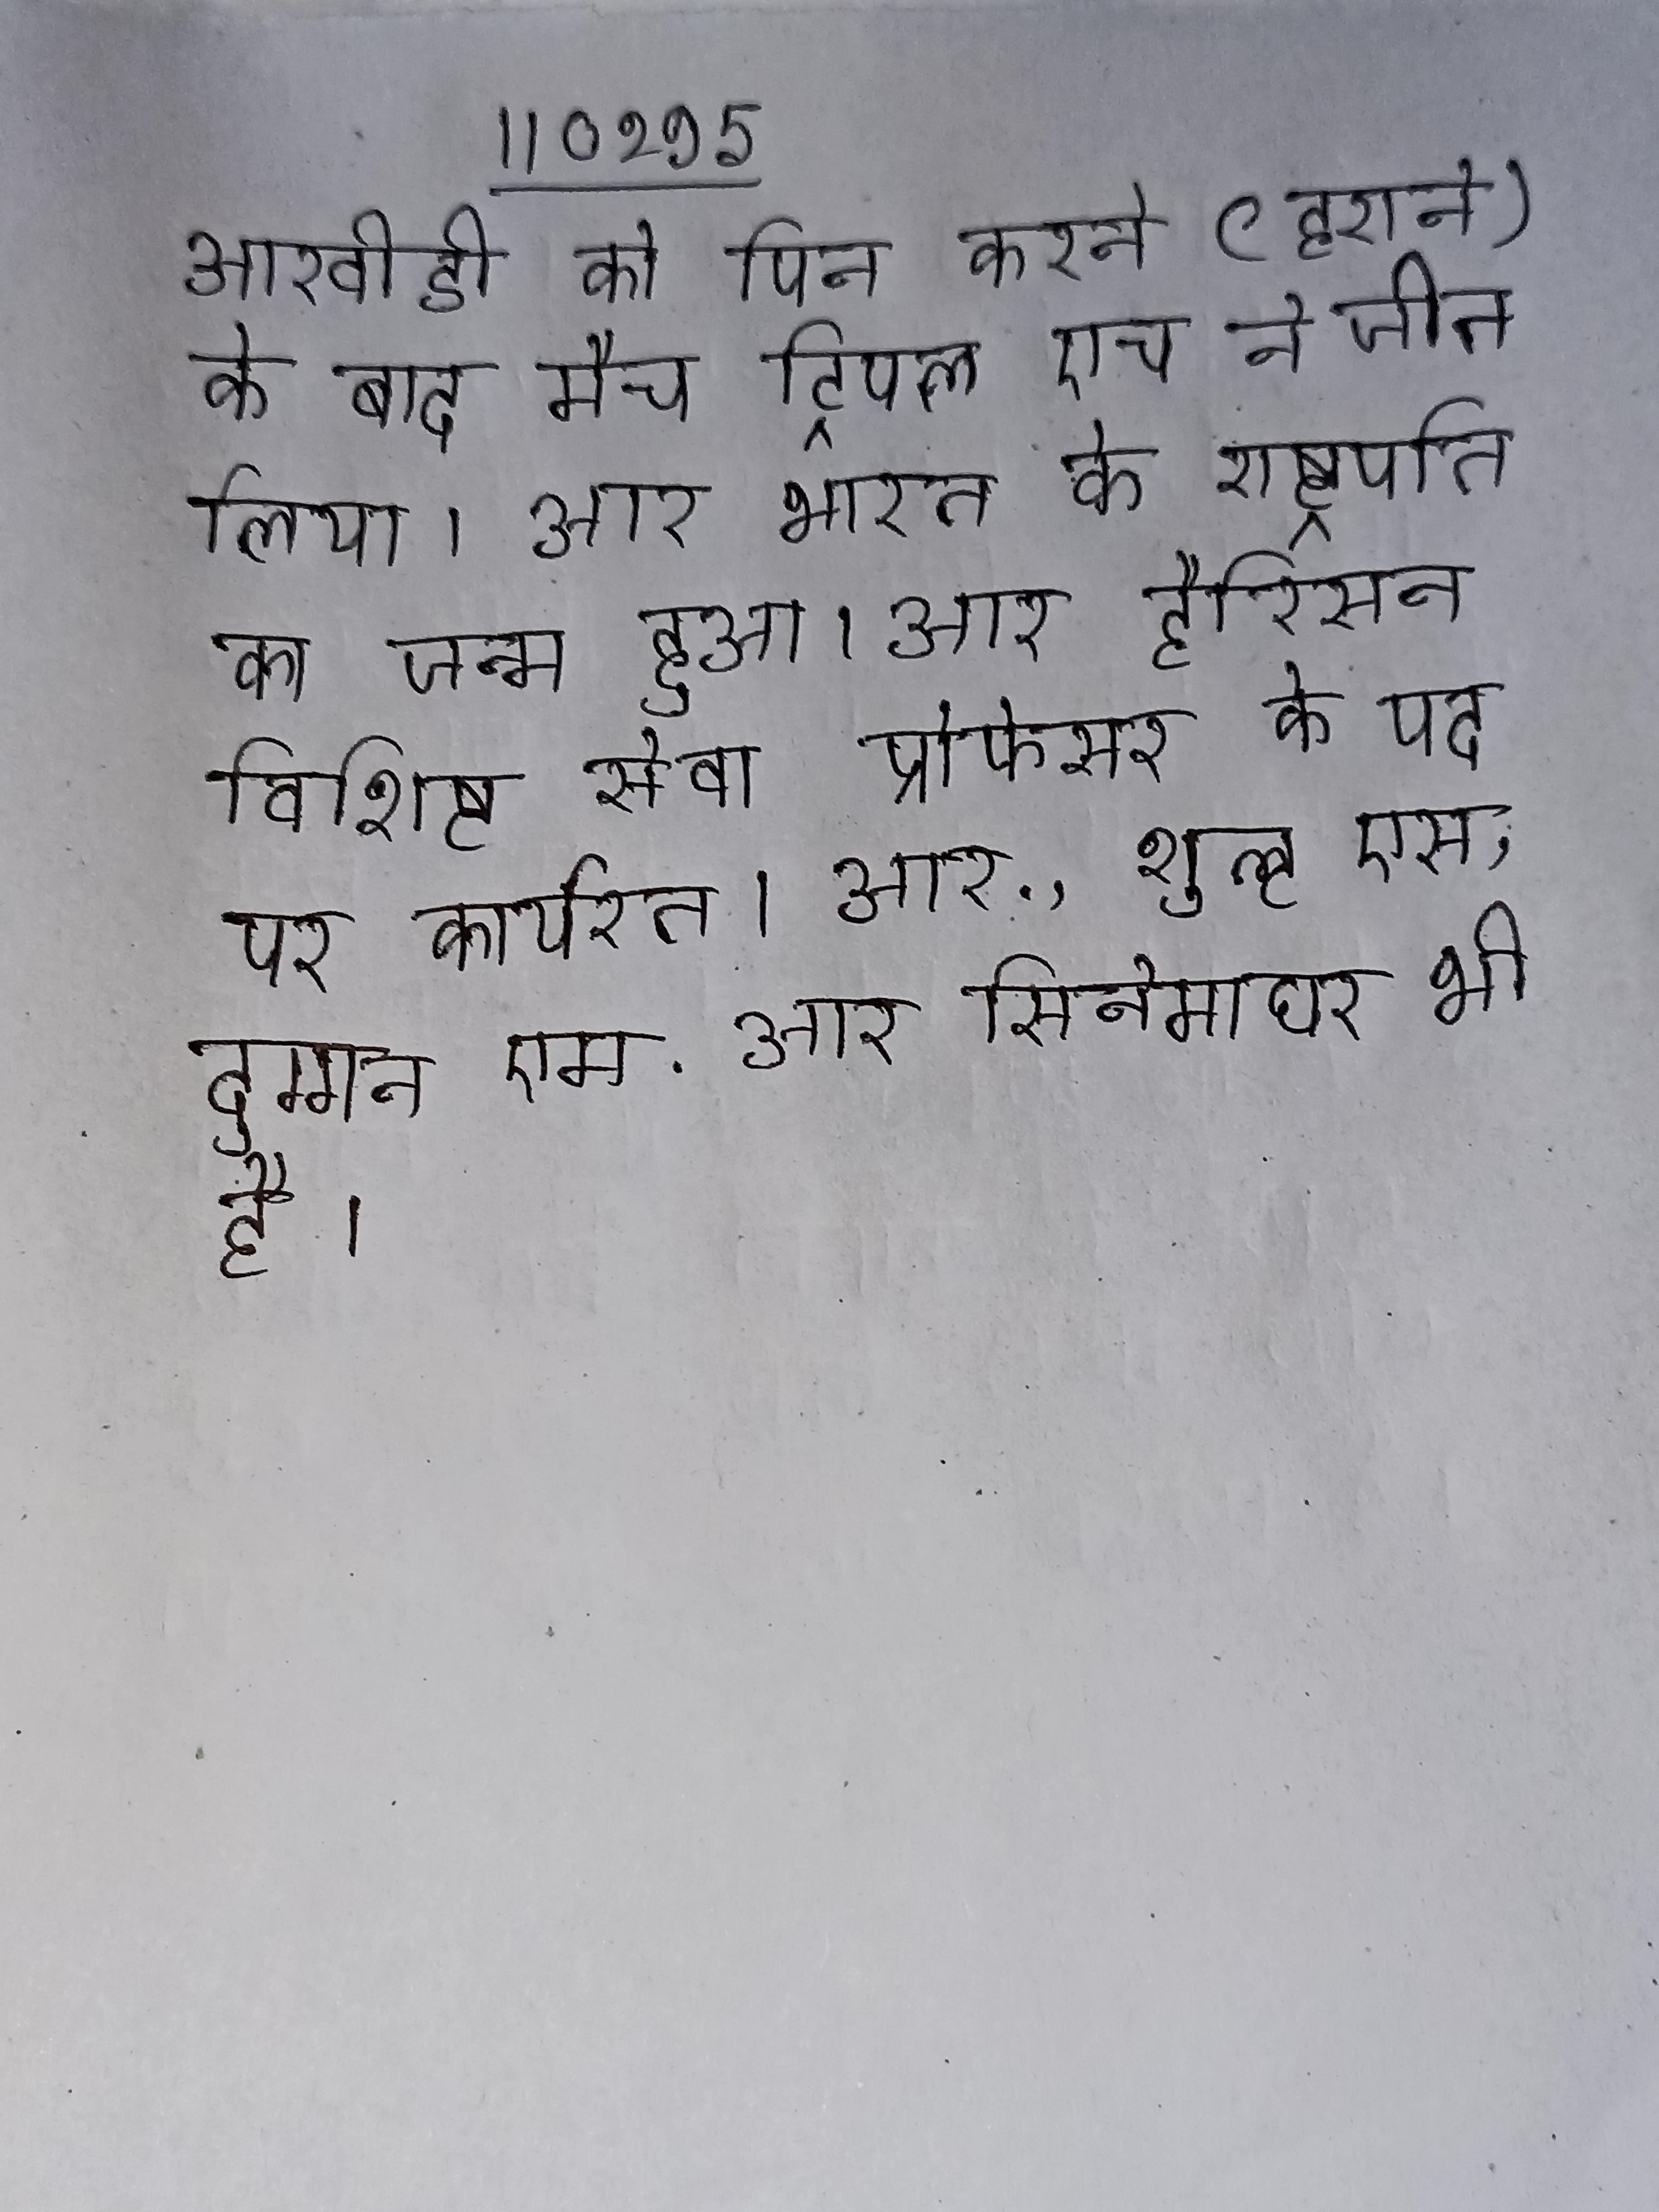
आरवीडी को पिन करने (हराने) के बाद मैच ट्रिपल एच ने जीत लिया । आर भारत के राष्ट्रपति का जन्म हुआ । आर हैरिसन विशिष्ट सेवा प्रोफेसर के पद पर कार्यरत । आर., शुल्ट एस, दुग्गन एम . आर सिनेमाघर भी है ।